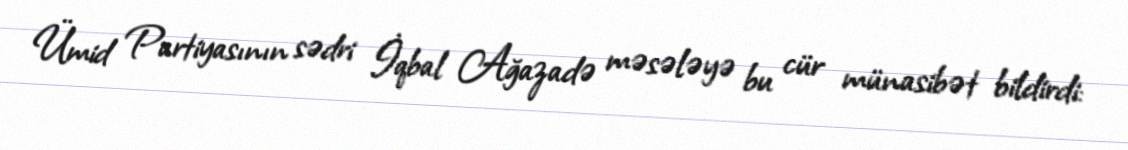
Ümid Partiyasının sədri İqbal Ağazadə məsələyə bu cür münasibət bildirdi: